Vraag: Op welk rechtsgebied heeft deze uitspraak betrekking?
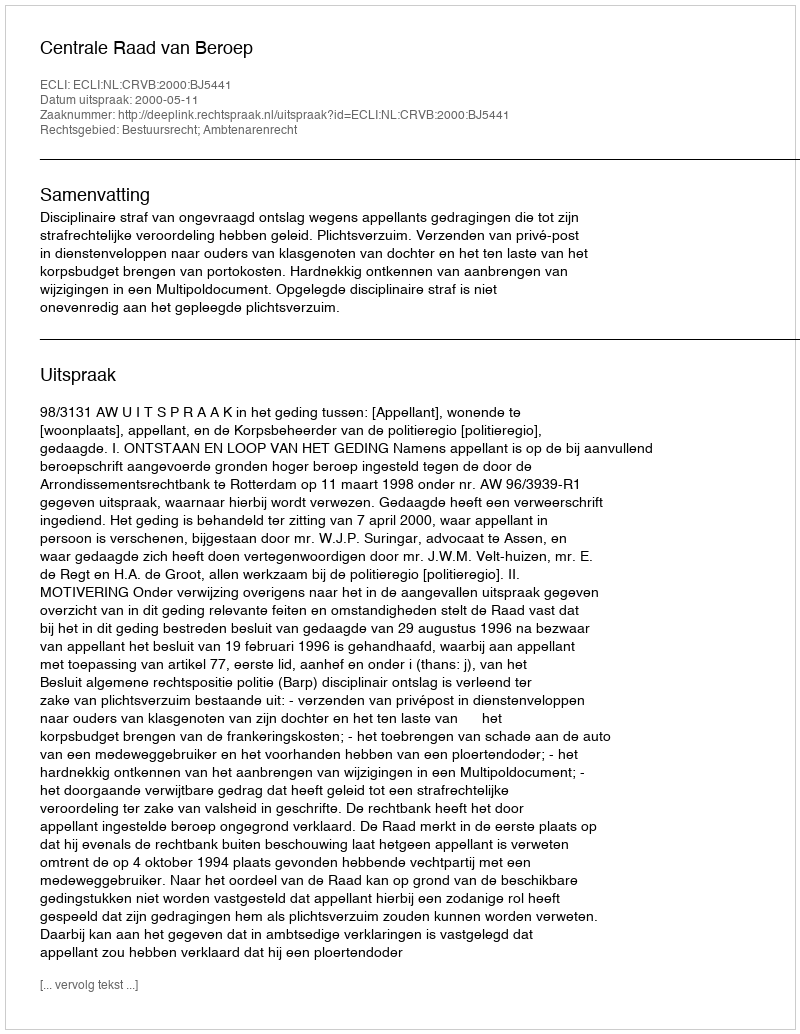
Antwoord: Bestuursrecht; Ambtenarenrecht